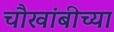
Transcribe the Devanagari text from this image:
चौखांबीच्या